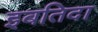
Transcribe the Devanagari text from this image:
इबतिदा